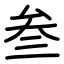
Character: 叁